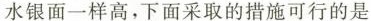
水银面一样高，下面采取的措施可行的是